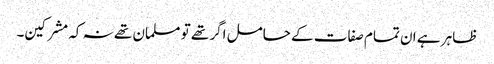
ظاہر ہے ان تمام صفات کے حامل اگر تھے تو مسلمان تھے نہ کہ مشرکین۔